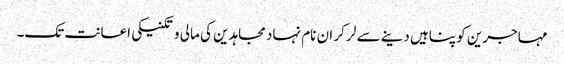
مہاجرین کو پناہیں دینے سے لر کر ان نام نہاد مجاہدین کی مالی و تکنیکی اعانت تک۔